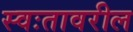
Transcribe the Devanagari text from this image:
स्वःतावरील